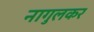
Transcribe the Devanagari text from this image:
नागुलकर